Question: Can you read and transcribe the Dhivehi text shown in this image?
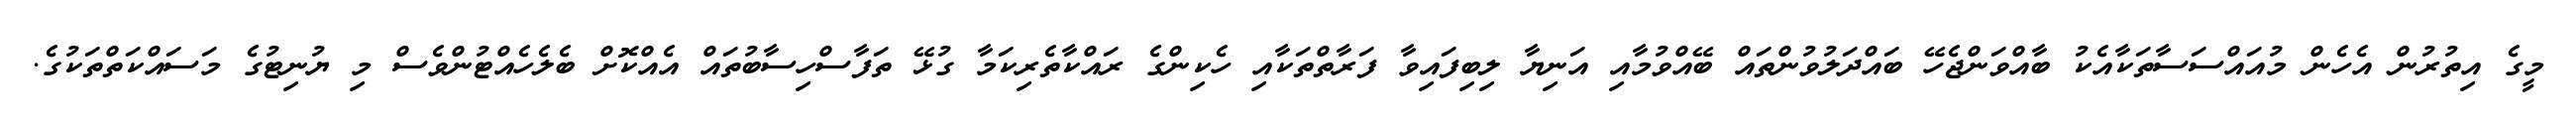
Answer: މީގެ އިތުރުން އެހެން މުއައްސަސާތަކާއެކު ބާއްވަންޖެހޭ ބައްދަލުވުންތައް ބޭއްވުމާއި އަނިޔާ ލިބިފައިވާ ފަރާތްތަކާއި ހެކިންގެ ރައްކާތެރިކަމާ ގުޅޭ ތަފާސްހިސާބުތައް އެއްކޮށް ބެލެހެއްޓުންވެސް މި ޔުނިޓުގެ މަސައްކަތްތަކުގެ.